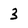
Character: 3